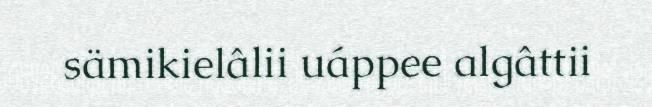
sämikielâlii uáppee algâttii